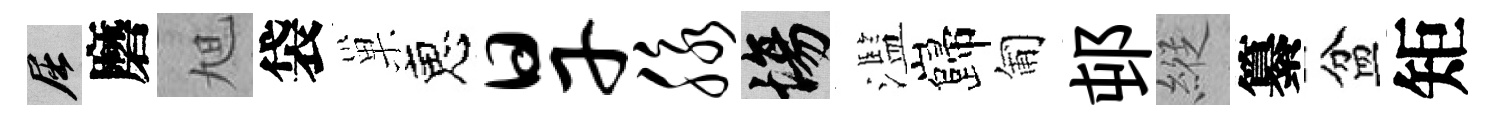
屈磨旭袋巢恵旱脉場濫巋匍邨縱纂盆矩